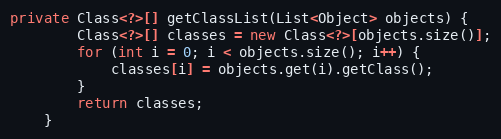
Language: Java
private Class<?>[] getClassList(List<Object> objects) {
        Class<?>[] classes = new Class<?>[objects.size()];
        for (int i = 0; i < objects.size(); i++) {
            classes[i] = objects.get(i).getClass();
        }
        return classes;
    }